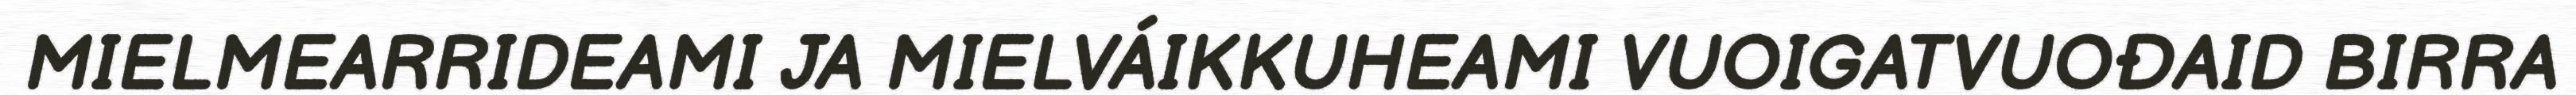
MIELMEARRIDEAMI JA MIELVÁIKKUHEAMI VUOIGATVUOĐAID BIRRA